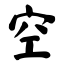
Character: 空